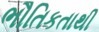
ભૌતિકતાથી